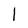
Character: I